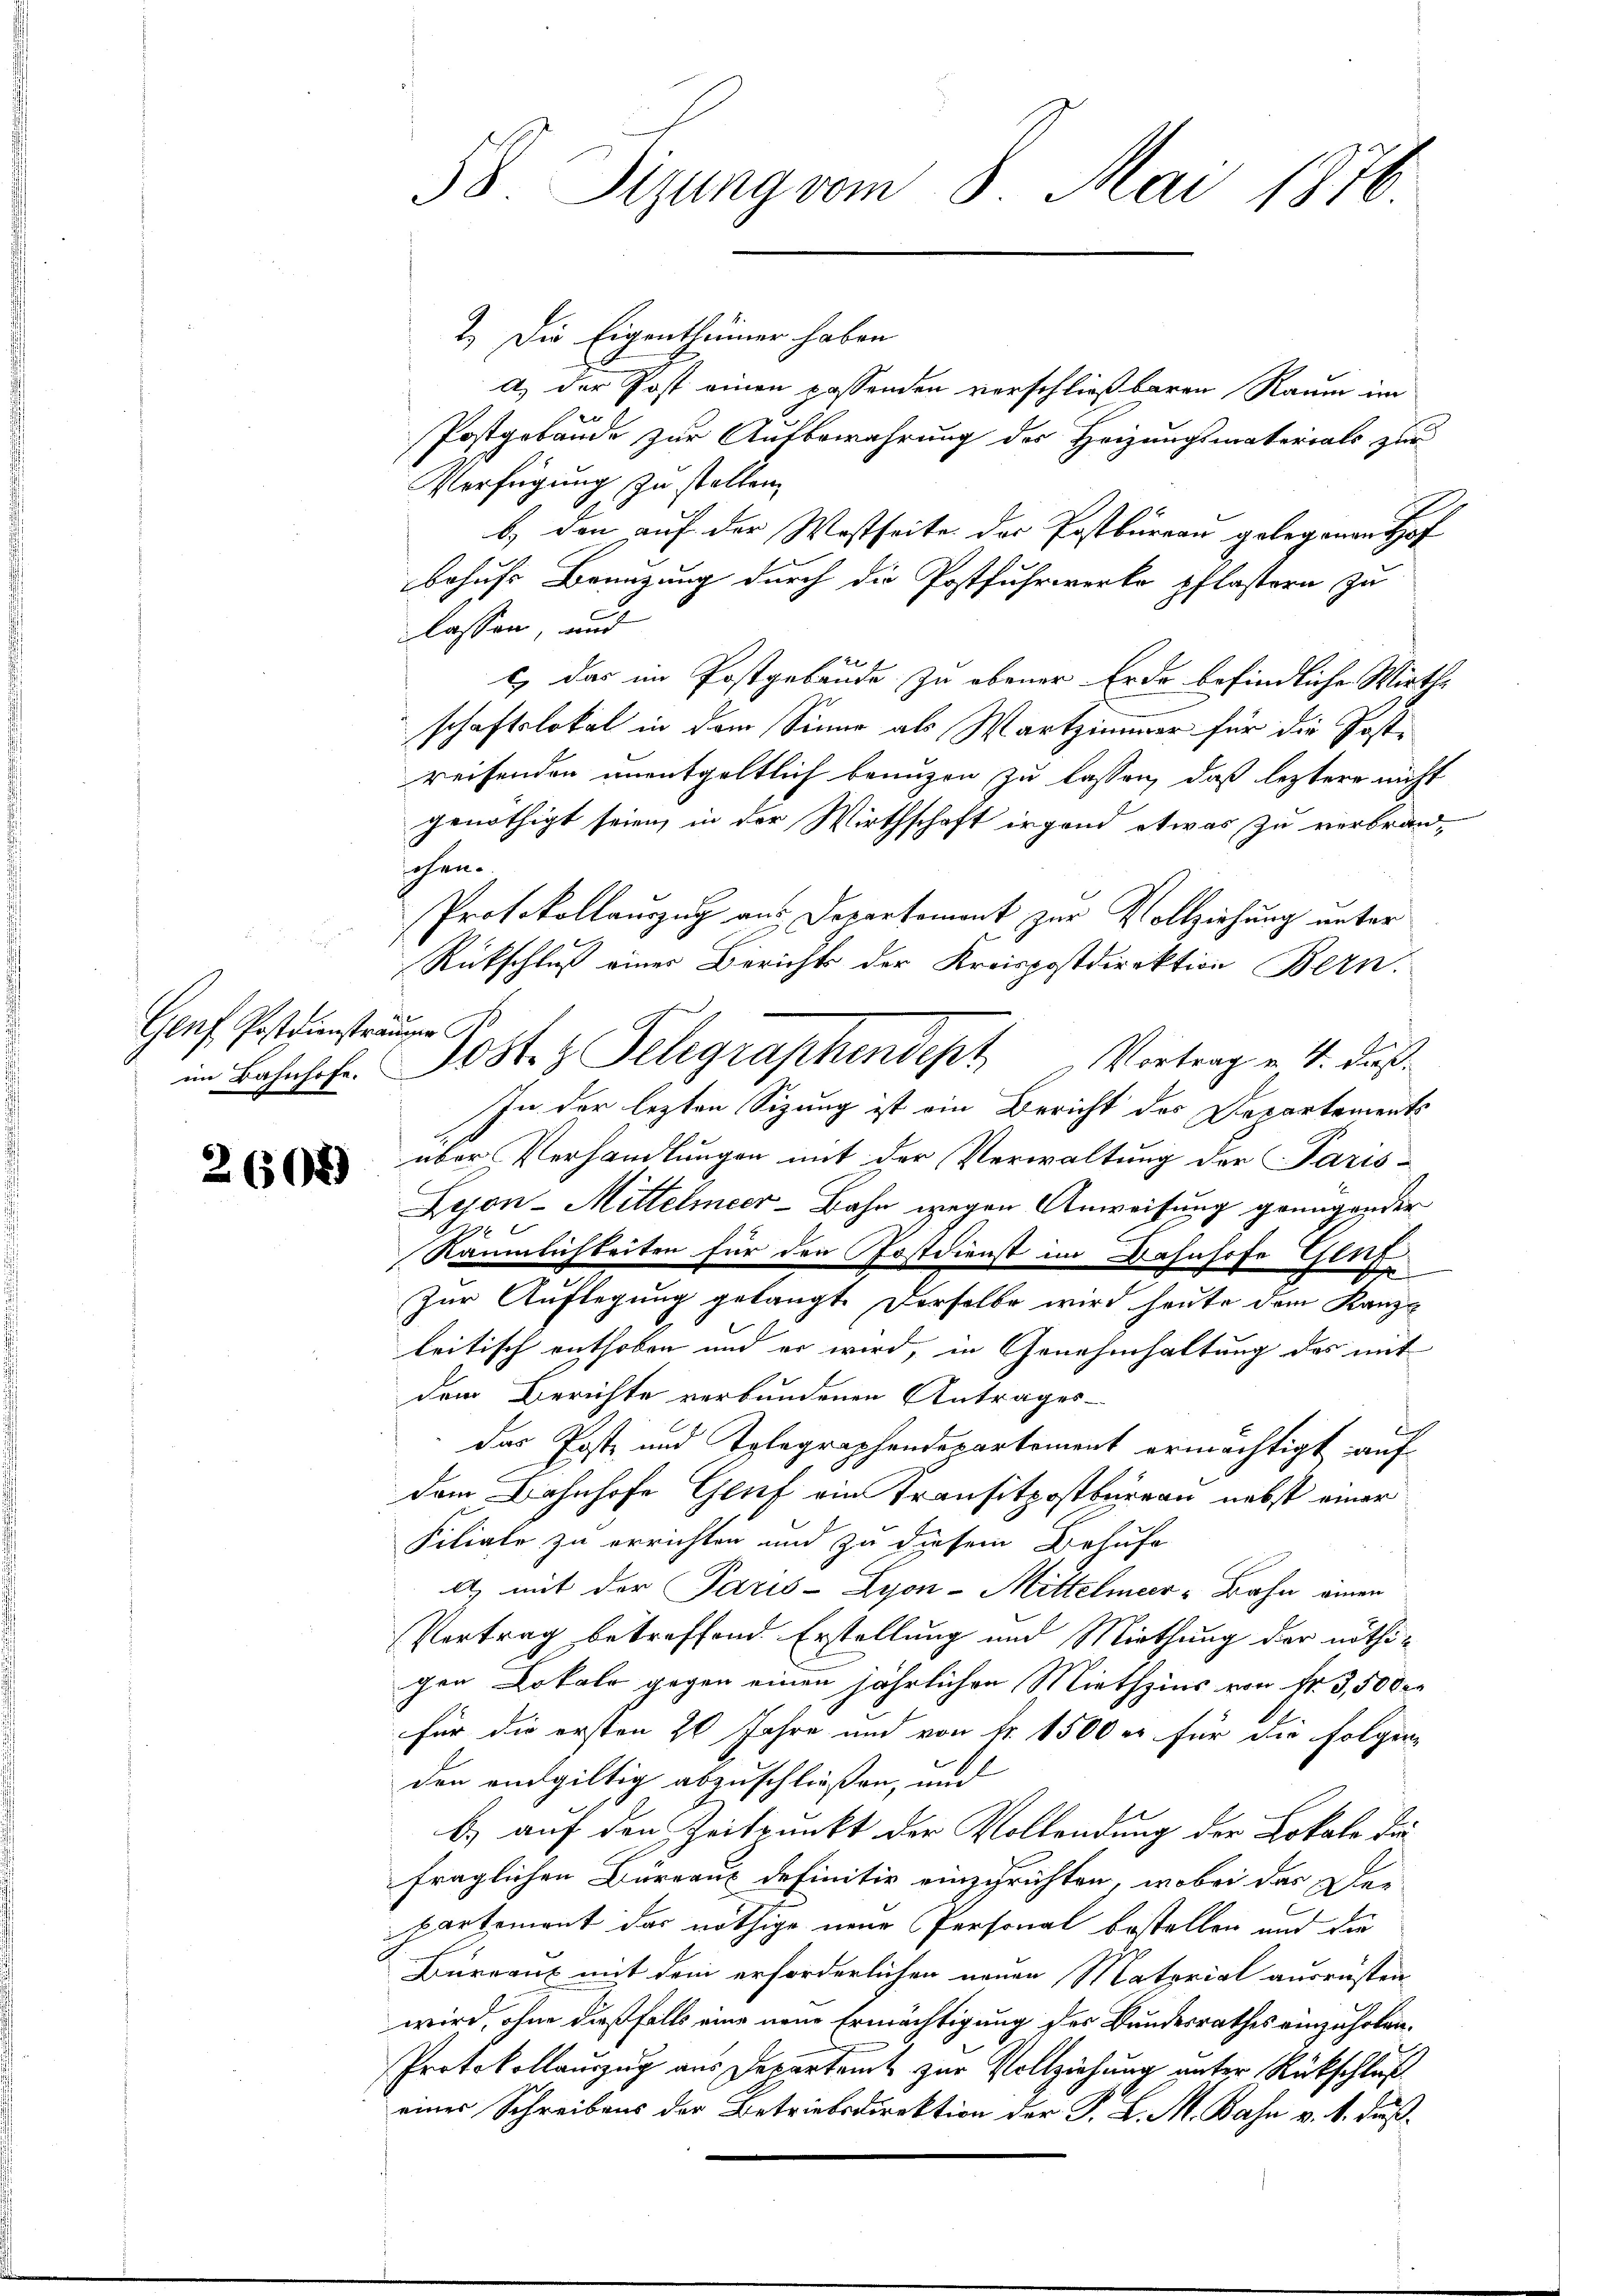
Genf Postdiensträumen

2605)

2.) Die Eigenthümer haben
a) der Post einen passenden verschließbaren Raum im
Postgebäude zur Aufbewahrung des Heizungsmaterials zur
Verfügung zu stellen,
b.) den auf der Westseite der Postbureau gelegenen Hof
behufs Benuzung durch die Postfuhrwerke pflastern zu
lassen, und
.
l) das im Postgebäude zu obener Erde befindliche Wirthschaftslokal in dem Sinne als Wartzimmer für die Post-
reisenden unentgeltlich benuzen zu lassen, daß letztere nicht
genöthigt seien, in der Wirthschaft irgend etwas zu verbrand-
schen.
Protokollauszug aus Departement zur Vollziehung unter
Rückschluß einer Berichts der Kreispostdirektion Bern.
In der lezten Sizung ist ein Bericht des Departements
über Verhandlungen mit der Verwaltung der Paris-
C
Lejon-Mittelmeer-Bahn wegen Anweisung grungender
76
Räumlichkeiten für den Postdienst im Bahnhofe Gent
A
Zur Auflegung gelangt. Derselbe wird heute dem Kanzl
lritisch enthoben und er wird, in Genehmhaltung des mit
dem Berichte verbundenen Antrages-
h
das Post- und Tolegraphendepartement ermächtigt auf
dem Bahnhofe Genf ein Transitpostbüreau nebst einer
Filiate zu errichten und zu diesem Behufe
A) mit der Paris-Zyon-Mittelmer-Bahn einen
Vertrag betreffend Erstellung und Miethung der nöthigen Lokale gegen einen jährlichen Miethzins von Fr. 3,500 r
für die ersten 20 Jahre und von Fr. 1500 er für die Folgen-
den endgültig abzuschließen, und
b.) auf den Zeitpunkt der Vollendung der Lokale die
fraglichen Büreaus definitiv einzurichten, wobei das Departement das nöthige neue Personal bestellen und die
Bureaux mit dem erforderlichen neuen Matorial ausrüsten
wird, ohne dießfalls eine neue Ermächtigung des Bundesrathes einzuholen.
Protokollauszug aus Departamt zur Vollziehung unter Rückschluß
einer Schreibens der Betriebsdirektion der P. L. M. Bahn v. 1. Fuß¬

58. Sizung vom 8. Mai 1876.

im Bahnhof. Post- & Telegraphendept Vortrag v. 4. daß